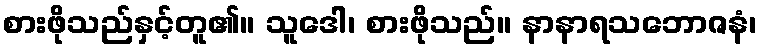
စားဖိုသည်နှင့်တူ၏။ သူဒေါ၊ စားဖိုသည်။ နာနာရသဘောဇနံ၊